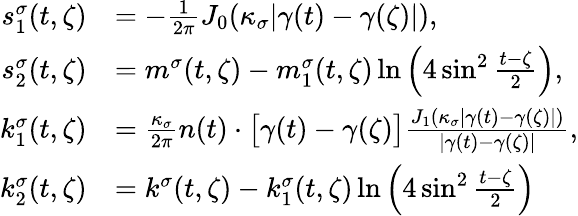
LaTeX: \begin{array}{rl}{s_{1}^{\sigma}(t,\zeta)}&{=-\frac{1}{2\pi}J_{0}(\kappa_{\sigma}|\gamma(t)-\gamma(\zeta)|),}\\ {s_{2}^{\sigma}(t,\zeta)}&{=m^{\sigma}(t,\zeta)-m_{1}^{\sigma}(t,\zeta)\ln\Big(4\sin^{2}\frac{t-\zeta}{2}\Big),}\\ {k_{1}^{\sigma}(t,\zeta)}&{=\frac{\kappa_{\sigma}}{2\pi}n(t)\cdot\big[\gamma(t)-\gamma(\zeta)\big]\frac{J_{1}(\kappa_{\sigma}|\gamma(t)-\gamma(\zeta)|)}{|\gamma(t)-\gamma(\zeta)|},}\\ {k_{2}^{\sigma}(t,\zeta)}&{=k^{\sigma}(t,\zeta)-k_{1}^{\sigma}(t,\zeta)\ln\Big(4\sin^{2}\frac{t-\zeta}{2}\Big)}\end{array}